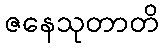
ဇနေသုတာတိ